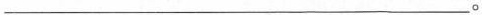
___。